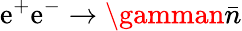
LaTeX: \mathrm{e}^{+}\mathrm{e}^{-}\to\gamman\bar{{n}}